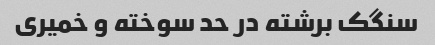
سنگک برشته در حد سوخته و خمیری